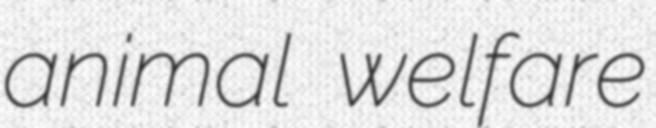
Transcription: animal welfare